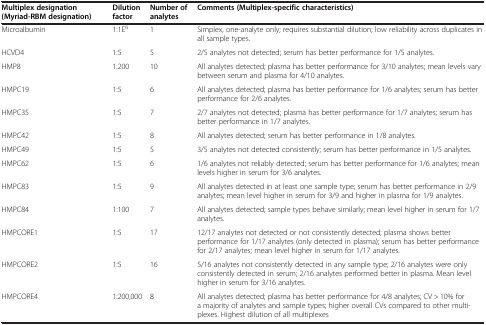
<table><thead><tr><td><b>Multiplex designation (Myriad-RBM designation)</b></td><td><b>Dilution factor</b></td><td><b>Number of analytes</b></td><td><b>Comments (Multiplex-specific characteristics)</b></td></tr></thead><tbody><tr><td>Microalbumin</td><td>1:1E<sup>6</sup></td><td>1</td><td>Simplex, one-analyte only; requires substantial dilution; low reliability across duplicates in all sample types.</td></tr><tr><td>HCVD4</td><td>1:5</td><td>5</td><td>2/5 analytes not detected; serum has better performance for 1/5 analytes.</td></tr><tr><td>HMP8</td><td>1:200</td><td>10</td><td>All analytes detected; plasma has better performance for 3/10 analytes; mean levels vary between serum and plasma for 4/10 analytes.</td></tr><tr><td>HMPC19</td><td>1:5</td><td>6</td><td>All analytes detected; plasma has better performance for 1/6 analytes; serum has better performance for 2/6 analytes.</td></tr><tr><td>HMPC35</td><td>1:5</td><td>7</td><td>2/7 analytes not detected; plasma has better performance for 1/7 analytes; serum has better performance in 1/7 analytes.</td></tr><tr><td>HMPC42</td><td>1:5</td><td>8</td><td>All analytes detected; serum has better performance in 1/8 analytes.</td></tr><tr><td>HMPC49</td><td>1:5</td><td>5</td><td>3/5 analytes not detected consistently; serum has better performance in 1/5 analytes.</td></tr><tr><td>HMPC62</td><td>1:5</td><td>6</td><td>1/6 analytes not reliably detected; serum has better performance for 1/6 analytes; mean levels higher in serum for 3/6 analytes.</td></tr><tr><td>HMPC83</td><td>1:5</td><td>9</td><td>All analytes detected in at least one sample type; serum has better performance in 2/9 analytes; mean level higher in serum for 3/9 and higher in plasma for 1/9 analytes.</td></tr><tr><td>HMPC84</td><td>1:100</td><td>7</td><td>All analytes detected; sample types behave similarly; mean level higher in serum for 1/7 analytes.</td></tr><tr><td>HMPCORE1</td><td>1:5</td><td>17</td><td>12/17 analytes not detected or not consistently detected; plasma shows better performance for 1/17 analytes (only detected in plasma); serum has better performance for 2/17 analytes; mean level higher in serum for 1/17 analytes.</td></tr><tr><td>HMPCORE2</td><td>1:5</td><td>16</td><td>5/16 analytes not consistently detected in any sample type; 2/16 analytes were only consistently detected in serum; 2/16 analytes performed better in plasma. Mean level higher in serum for 3/16 analytes.</td></tr><tr><td>HMPCORE4</td><td>1:200,000</td><td>8</td><td>All analytes detected; plasma has better performance for 4/8 analytes; CV &gt; 10% for a majority of analytes and sample types; higher overall CVs compared to other multi-plexes. Highest dilution of all multiplexes</td></tr></tbody></table>